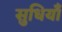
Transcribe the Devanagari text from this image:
सुधियाँ